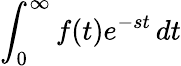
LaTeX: \int_{0}^{\infty}f(t)e^{-st}\, dt